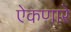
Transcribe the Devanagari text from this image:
ऐकणारे